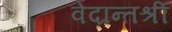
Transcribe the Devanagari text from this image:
वेदान्तश्री